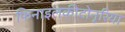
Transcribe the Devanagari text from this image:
फिनाइलकीटोनूरिया